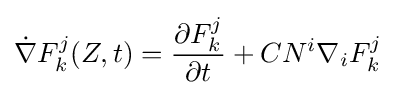
{\dot {\nabla }}F_{k}^{j}(Z,t)={\frac {\partial F_{k}^{j}}{\partial t}}+CN^{i}\nabla _{i}F_{k}^{j}